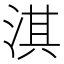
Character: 淇